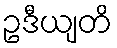
ဥဒီယျတိ